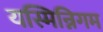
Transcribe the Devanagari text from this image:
यस्मिन्निगम